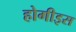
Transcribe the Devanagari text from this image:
होगीइस